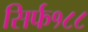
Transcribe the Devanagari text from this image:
सिर्फ१८८